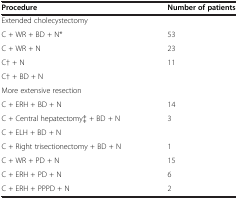
<table><thead><tr><td><b>Procedure</b></td><td><b>Number of patients</b></td></tr></thead><tbody><tr><td>Extended cholecystectomy</td><td>[EMPTY_CELL]</td></tr><tr><td>C + WR + BD + N*</td><td>53</td></tr><tr><td>C + WR + N</td><td>23</td></tr><tr><td>C† + N</td><td>11</td></tr><tr><td>C† + BD + N</td><td>[EMPTY_CELL]</td></tr><tr><td>More extensive resection</td><td>[EMPTY_CELL]</td></tr><tr><td>C + ERH + BD + N</td><td>14</td></tr><tr><td>C + Central hepatectomy‡ + BD + N</td><td>3</td></tr><tr><td>C + ELH + BD + N</td><td>[EMPTY_CELL]</td></tr><tr><td>C + Right trisectionectomy + BD + N</td><td>1</td></tr><tr><td>C + WR + PD + N</td><td>15</td></tr><tr><td>C + ERH + PD + N</td><td>6</td></tr><tr><td>C + ERH + PPPD + N</td><td>2</td></tr></tbody></table>